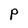
Character: P